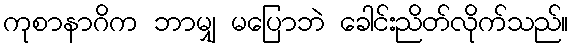
ကုစာနာဂိက ဘာမျှ မပြောဘဲ ခေါင်းညိတ်လိုက်သည်။